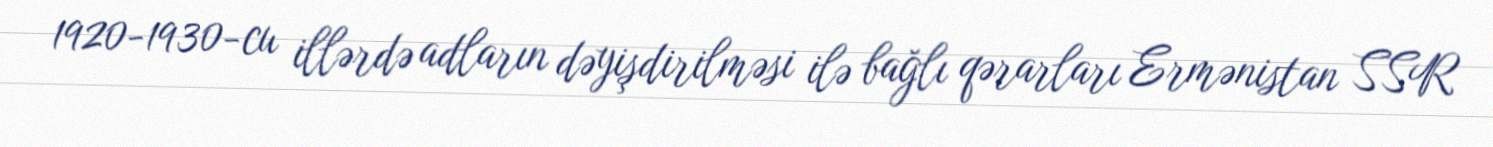
1920-1930-cu illərdə adların dəyişdirilməsi ilə bağlı qərarları Ermənistan SSR